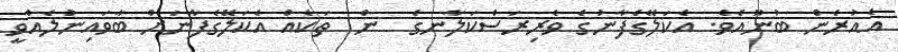
އެއުރެން ބުނޫއެވެ. އެކަލޭގެފާނުގެ ވެރިރަސްކަލާނގެ  ން  ތަކެއް އެކަލޭގެފާނަށް ބާވައިނުލެއްވީ